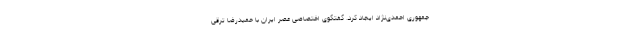
جمهوری احمدی‌نژاد ایجاد کرد. گفتگوی اختصاصی عصر ایران با حمیدرضا ترقی